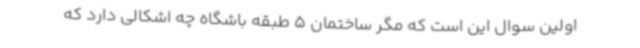
اولین سوال این است که مگر ساختمان 5 طبقه باشگاه چه اشکالی دارد که